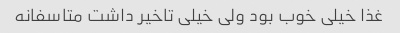
غذا خیلی خوب بود ولی خیلی تاخیر داشت متاسفانه